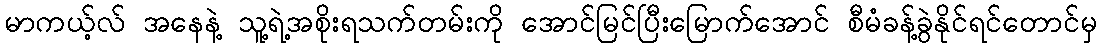
မာကယ့်လ် အနေနဲ့ သူ့ရဲ့အစိုးရသက်တမ်းကို အောင်မြင်ပြီးမြောက်အောင် စီမံခန့်ခွဲနိုင်ရင်တောင်မှ